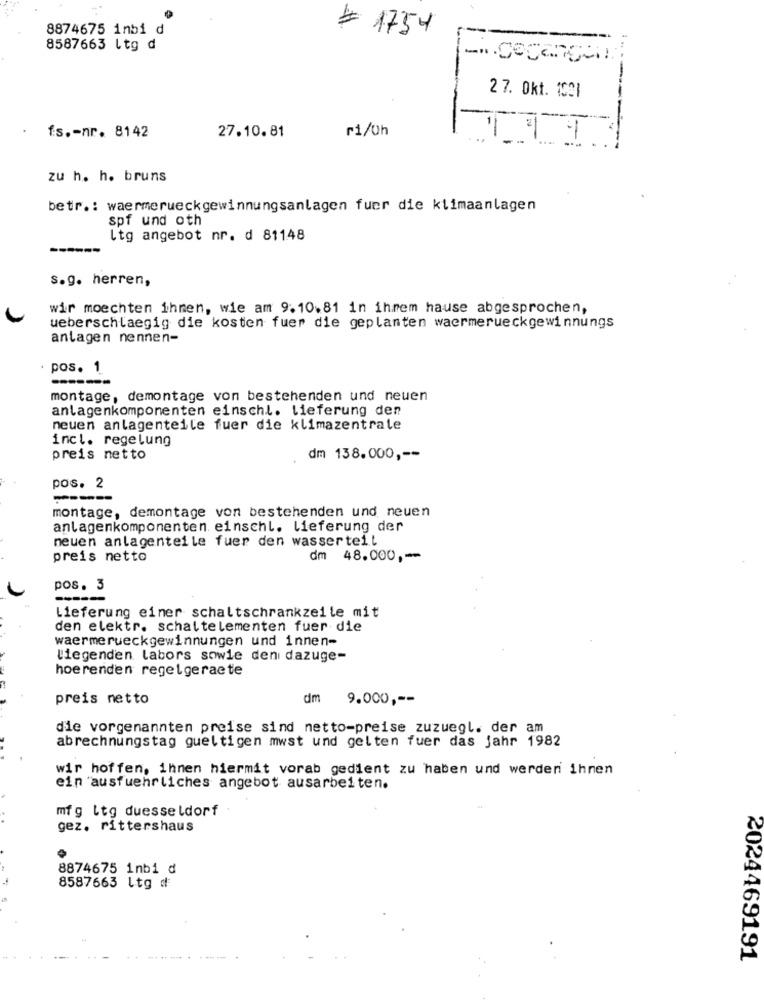
8874675 inbi d
1754
---
8587663 ltg d
-
27. Okt. 1001
27.10.81
r1/0h
fs .- nr. 8142
zu h. h. bruns
betr .: waermerueckgewinnungsanlagen fuer die klimaanlagen
spf und oth
Itg angebot nr. d 81148
s.g. herren,
wir moechten ihnen, wie am 9.10.81 in ihrem hause abgesprochen,
ueberschlaegig die kosten fuer die geplanten waermerueckgewinnungs
anlagen nennen-
pos. 1
montage, demontage von bestehenden und neuen
anlagenkomponenten einschl. Lieferung den
neuen anlagenteile fuer die klimazentrale
incl. regelung
preis netto
dm 138.000 ,--
pos. 2
----
montage, demontage von bestehenden und neuen
anlagenkomponenten einschl. lieferung der
neuen anlagenteile fuer den wasserteil
preis netto
dm 48.000 ,--
pos. 3
----
Lieferung einer schaltschrankzeile mit
den elektr. schaltelementen fuer die
waermerueckgewinnungen und innen-
liegenden labors sowie den dazuge-
hoerenden regelgeraete
preis netto
dm
9.000 ,--
die vorgenannten preise sind netto-preise zuzuegl. der am
abrechnungstag gueltigen mwst und gelten fuer das jahr 1982
wir hoffen, ihnen hiermit vorab gedient zu haben und werden ihnen
ein ausfuehrliches angebot ausarbeiten.
mfg ltg duesseldorf
gez. rittershaus
8874675 inbi d
8587663 Ltg ₫
2024469191